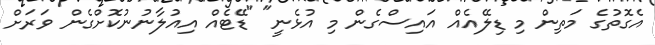
އެގޮތުގެ މަތިން މި ޑިލޭއެއް އައިސްގެން މި އުޅެނީ" "ޑޭޓެއް އިއުލާނުނުކޮށްގެން ވަރަށް